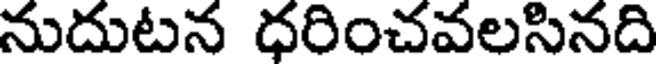
నుదుటన ధరించవలసినది